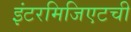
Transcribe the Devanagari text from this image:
इंटरमिजिएटची